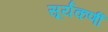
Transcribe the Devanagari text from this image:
सूर्यकर्णी